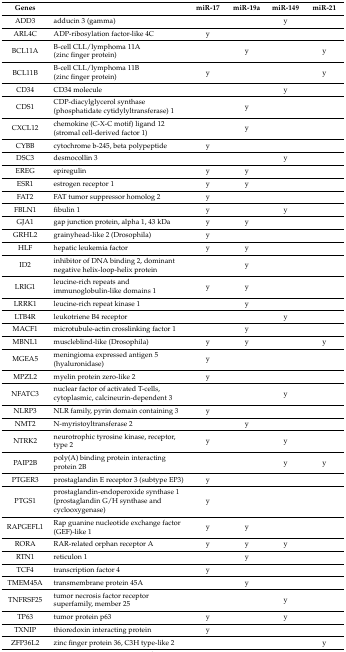
<table><thead><tr><td><b>Genes</b></td><td></td><td><b>miR-17</b></td><td><b>miR-19a</b></td><td><b>miR-149</b></td><td><b>miR-21</b></td></tr></thead><tbody><tr><td>ADD3</td><td>adducin 3 (gamma)</td><td></td><td></td><td>y</td><td></td></tr><tr><td>ARL4C</td><td>ADP-ribosylation factor-like 4C</td><td>y</td><td></td><td></td><td></td></tr><tr><td>BCL11A</td><td>B-cell CLL/lymphoma 11A (zinc finger protein)</td><td></td><td>y</td><td></td><td>y</td></tr><tr><td>BCL11B</td><td>B-cell CLL/lymphoma 11B (zinc finger protein)</td><td>y</td><td></td><td></td><td>y</td></tr><tr><td>CD34</td><td>CD34 molecule</td><td></td><td></td><td>y</td><td></td></tr><tr><td>CDS1</td><td>CDP-diacylglycerol synthase (phosphatidate cytidylyltransferase) 1</td><td></td><td>y</td><td></td><td></td></tr><tr><td>CXCL12</td><td>chemokine (C-X-C motif) ligand 12 (stromal cell-derived factor 1)</td><td></td><td>y</td><td></td><td></td></tr><tr><td>CYBB</td><td>cytochrome b-245, beta polypeptide</td><td>y</td><td></td><td></td><td></td></tr><tr><td>DSC3</td><td>desmocollin 3</td><td></td><td></td><td>y</td><td></td></tr><tr><td>EREG</td><td>epiregulin</td><td>y</td><td>y</td><td></td><td></td></tr><tr><td>ESR1</td><td>estrogen receptor 1</td><td>y</td><td>y</td><td></td><td></td></tr><tr><td>FAT2</td><td>FAT tumor suppressor homolog 2</td><td>y</td><td></td><td></td><td></td></tr><tr><td>FBLN1</td><td>fibulin 1</td><td>y</td><td></td><td>y</td><td></td></tr><tr><td>GJA1</td><td>gap junction protein, alpha 1, 43 kDa</td><td>y</td><td>y</td><td></td><td></td></tr><tr><td>GRHL2</td><td>grainyhead-like 2 (Drosophila)</td><td>y</td><td></td><td></td><td></td></tr><tr><td>HLF</td><td>hepatic leukemia factor</td><td>y</td><td>y</td><td></td><td></td></tr><tr><td>ID2</td><td>inhibitor of DNA binding 2, dominant negative helix-loop-helix protein</td><td></td><td>y</td><td></td><td></td></tr><tr><td>LRIG1</td><td>leucine-rich repeats and immunoglobulin-like domains 1</td><td>y</td><td>y</td><td></td><td></td></tr><tr><td>LRRK1</td><td>leucine-rich repeat kinase 1</td><td></td><td>y</td><td></td><td></td></tr><tr><td>LTB4R</td><td>leukotriene B4 receptor</td><td></td><td></td><td>y</td><td></td></tr><tr><td>MACF1</td><td>microtubule-actin crosslinking factor 1</td><td></td><td>y</td><td></td><td></td></tr><tr><td>MBNL1</td><td>muscleblind-like (Drosophila)</td><td>y</td><td>y</td><td></td><td>y</td></tr><tr><td>MGEA5</td><td>meningioma expressed antigen 5 (hyaluronidase)</td><td>y</td><td></td><td></td><td></td></tr><tr><td>MPZL2</td><td>myelin protein zero-like 2</td><td>y</td><td></td><td></td><td></td></tr><tr><td>NFATC3</td><td>nuclear factor of activated T-cells, cytoplasmic, calcineurin-dependent 3</td><td></td><td></td><td>y</td><td></td></tr><tr><td>NLRP3</td><td>NLR family, pyrin domain containing 3</td><td>y</td><td></td><td></td><td></td></tr><tr><td>NMT2</td><td>N-myristoyltransferase 2</td><td></td><td>y</td><td></td><td></td></tr><tr><td>NTRK2</td><td>neurotrophic tyrosine kinase, receptor, type 2</td><td>y</td><td></td><td>y</td><td></td></tr><tr><td>PAIP2B</td><td>poly(A) binding protein interacting protein 2B</td><td></td><td></td><td>y</td><td>y</td></tr><tr><td>PTGER3</td><td>prostaglandin E receptor 3 (subtype EP3)</td><td>y</td><td></td><td></td><td></td></tr><tr><td>PTGS1</td><td>prostaglandin-endoperoxide synthase 1 (prostaglandin G/H synthase and cyclooxygenase)</td><td>y</td><td></td><td></td><td></td></tr><tr><td>RAPGEFL1</td><td>Rap guanine nucleotide exchange factor (GEF)-like 1</td><td>y</td><td>y</td><td></td><td></td></tr><tr><td>RORA</td><td>RAR-related orphan receptor A</td><td>y</td><td>y</td><td>y</td><td></td></tr><tr><td>RTN1</td><td>reticulon 1</td><td></td><td>y</td><td></td><td></td></tr><tr><td>TCF4</td><td>transcription factor 4</td><td>y</td><td></td><td></td><td></td></tr><tr><td>TMEM45A</td><td>transmembrane protein 45A</td><td></td><td>y</td><td></td><td></td></tr><tr><td>TNFRSF25</td><td>tumor necrosis factor receptor superfamily, member 25</td><td></td><td></td><td>y</td><td></td></tr><tr><td>TP63</td><td>tumor protein p63</td><td>y</td><td></td><td>y</td><td></td></tr><tr><td>TXNIP</td><td>thioredoxin interacting protein</td><td>y</td><td></td><td></td><td></td></tr><tr><td>ZFP36L2</td><td>zinc finger protein 36, C3H type-like 2</td><td></td><td></td><td></td><td>y</td></tr></tbody></table>